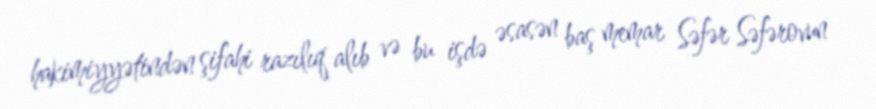
hakimiyyətindən şifahi razılıq alıb və bu işdə əsasən baş memar Səfər Səfərovun